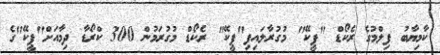
ކާމިޔާބު ފިލްމުގެ ރެކޯޑް "ޕީކޭ" މުގުރާލައިފި"ޕީކޭ" ރެކޯޑް މުގުރަމުން 300 ކްރޯޑާ ދިމާއަށް"ޕީކޭ"ގެ